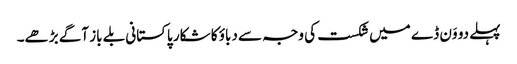
پہلے دو وَن ڈے میں شکست کی وجہ سے دباؤ کا شکار پاکستانی بلے باز آگے بڑھے۔